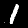
Digit: 1